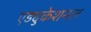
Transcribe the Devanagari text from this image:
एड्युकेशनल